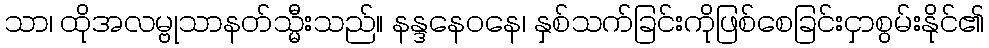
သာ၊ ထိုအလမ္ဗုသာနတ်သ္မီးသည်။ နန္ဒနေဝနေ၊ နှစ်သက်ခြင်းကိုဖြစ်စေခြင်းငှာစွမ်းနိုင်၏